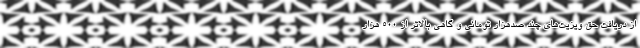
از دریافت حق ویزیت‌های چند صدهزار تومانی و گاهی بالاتر از ۵۰۰ هزار